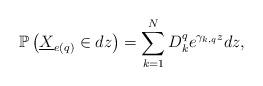
LaTeX: \begin{align*}\mathbb P\left(\underline{X}_{e(q)}\in dz\right)=\sum_{k=1}^{N}D^q_{k}e^{\gamma_{k,q}z}dz,\end{align*}